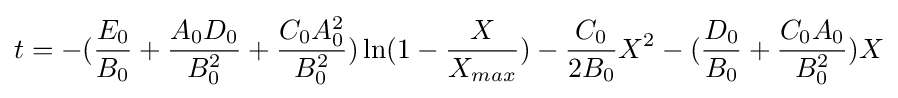
t=-({E_{0} \over B_{0}}+{A_{0}D_{0} \over B_{0}^{2}}+{C_{0}A_{0}^{2} \over B_{0}^{2}})\ln(1-{X \over X_{max}})-{C_{0} \over 2B_{0}}X^{2}-({D_{0} \over B_{0}}+{C_{0}A_{0} \over B_{0}^{2}})X